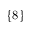
\{ 8 \}